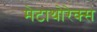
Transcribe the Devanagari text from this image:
मेटाथोरेक्स